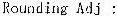
ROUNDING ADJ :